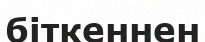
біткеннен